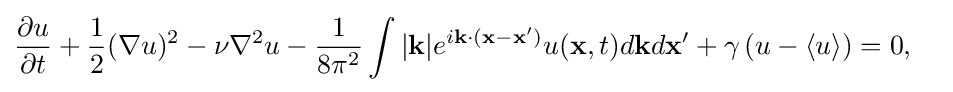
{\frac {\partial u}{\partial t}}+{\frac {1}{2}}(\nabla u)^{2}-\nu \nabla ^{2}u-{\frac {1}{8\pi ^{2}}}\int |\mathbf {k} |e^{i\mathbf {k} \cdot (\mathbf {x} -\mathbf {x} ')}u(\mathbf {x} ,t)d\mathbf {k} d\mathbf {x} '+\gamma \left(u-\langle u\rangle \right)=0,\quad